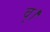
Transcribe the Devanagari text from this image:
व्।